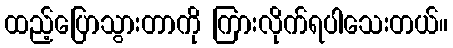
ထည့်ပြောသွားတာကို ကြားလိုက်ရပါသေးတယ်။